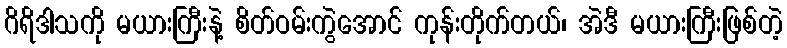
ဂိရိဒါသကို မယားကြီးနဲ့ စိတ်ဝမ်းကွဲအောင် ကုန်းတိုက်တယ်၊ အဲဒီ မယားကြီးဖြစ်တဲ့